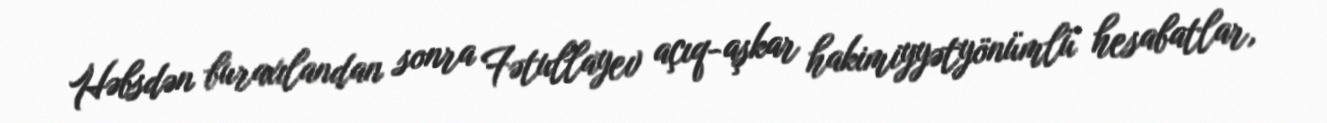
Həbsdən buraxılandan sonra Fətullayev açıq-aşkar hakimiyyətyönümlü hesabatlar,